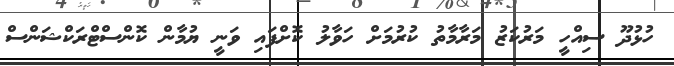
ހުޅުދޫ ސިއްހީ މަރުކަޒު މަރާމާތު ކުރުމަށް ހަވާލު ކޮށްފައި ވަނީ ޔުމާން ކޮންސްޓްރަކްޝަންސް